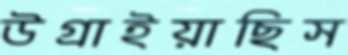
উগ্‌রাইয়াছিস